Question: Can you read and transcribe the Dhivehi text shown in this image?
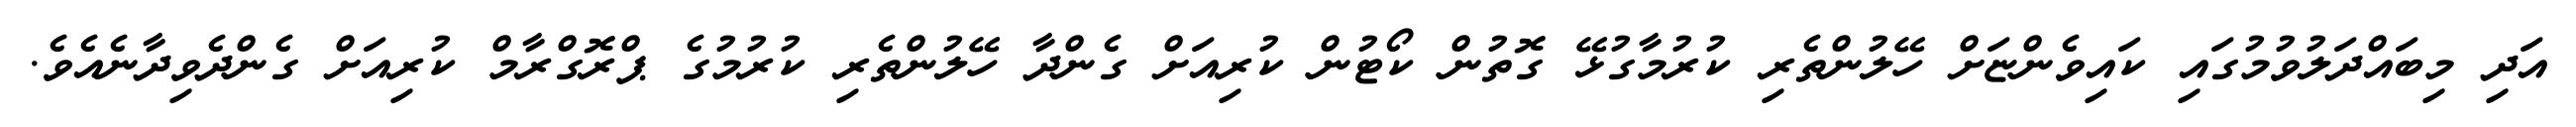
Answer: އަދި މިބައްދަލުވުމުގައި ކައިވެންޏަށް ހޭލުންތެރި ކުރުމާގުޅޭ ގޮތުން ކޯޓުން ކުރިއަށް ގެންދާ ހޭލުންތެރި ކުރުމުގެ ޕްރޮގްރާމް ކުރިއަށް ގެންދެވިދާނެއެވެ.